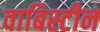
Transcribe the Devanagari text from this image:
वाबिस्टीन